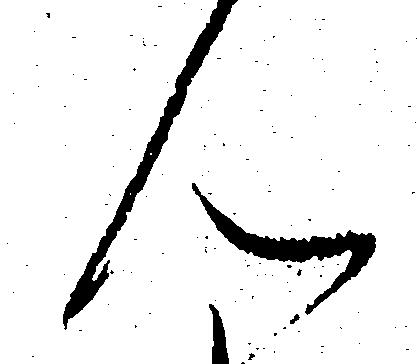
ん